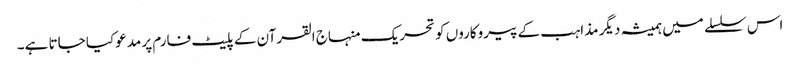
اس سلسلے میں ہمیشہ دیگر مذاہب کے پیروکاروں کو تحریک منہاج القرآن کے پلیٹ فارم پر مدعو کیا جاتا ہے۔